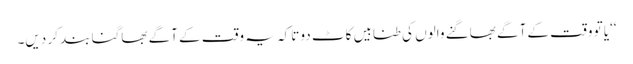
‘‘یا تو وقت کے آگے بھاگنے والوں کی طنابیں کاٹ دو تاکہ یہ وقت کے آگے بھاگنا بند کر دیں۔